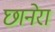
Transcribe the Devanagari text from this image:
छानेरा